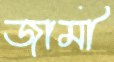
জামী